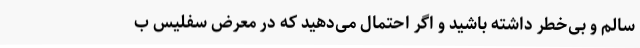
سالم و بی‌خطر داشته باشید و اگر احتمال می‌دهید که در معرض سفلیس ب